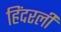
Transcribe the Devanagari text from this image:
हिंदरली